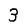
Digit: 3